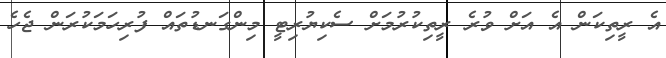
އެ ރީތިކަން އެ އަށް ވުރެ ރީތިކުރުމަށް ސެކިޔުރިޓީ މިންގަނޑުތައް ފުރިހަމަކުރަން ޖެހެ